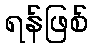
ရန်ဖြစ်